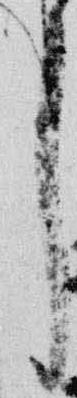
了